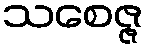
သစေဇ္ဇ